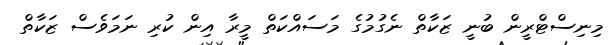
މިނިސްޓްރީން ބުނީ ޒަކާތް ނެގުމުގެ މަސައްކަތް މީރާ އިން ކުރި ނަމަވެސް ޒަކާތް